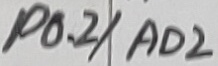
Text: P0.2/AD2